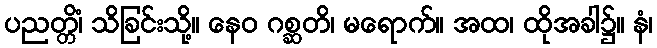
ပညတ္တိံ၊ သိခြင်းသို့။ နေဝ ဂစ္ဆတိ၊ မရောက်။ အထ၊ ထိုအခါ၌။ နံ၊